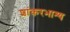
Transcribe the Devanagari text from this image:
शांकरभाश्य